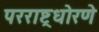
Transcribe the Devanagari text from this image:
परराष्ट्रधोरणे